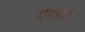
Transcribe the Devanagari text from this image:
गंगराड़े